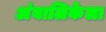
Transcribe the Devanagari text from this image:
अंबालिकेला